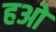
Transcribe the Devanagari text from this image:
हओ